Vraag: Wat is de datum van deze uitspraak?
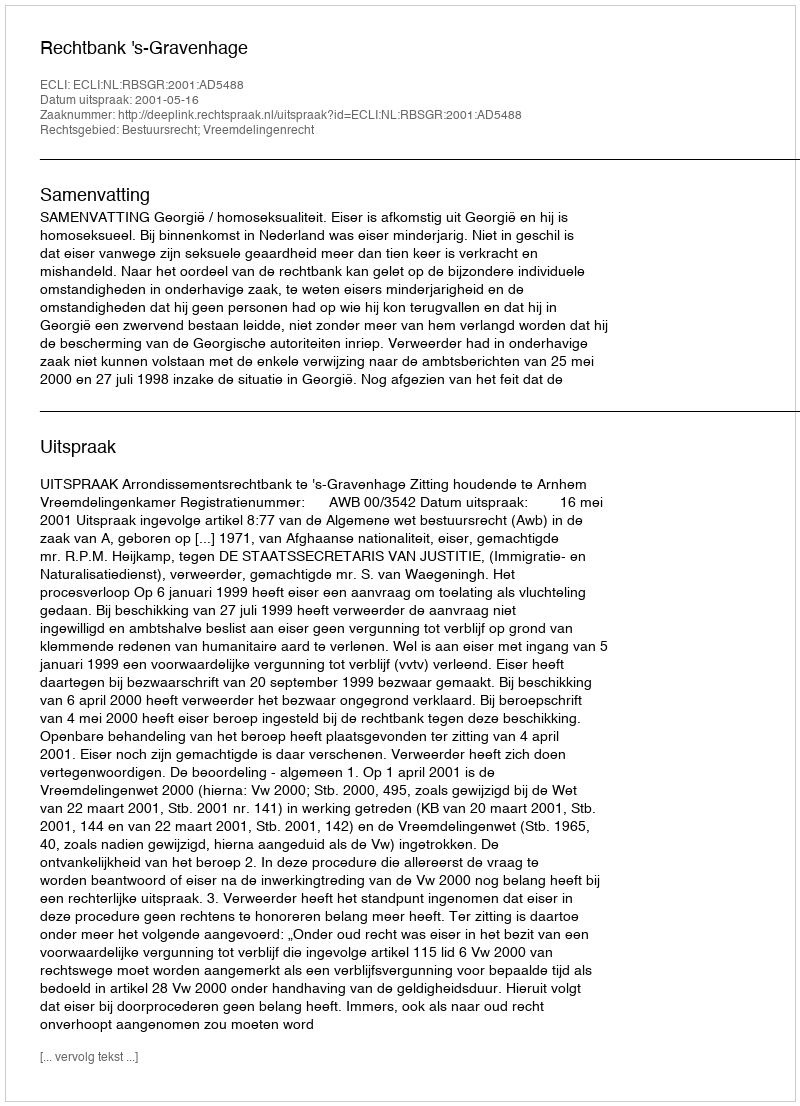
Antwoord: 2001-05-16